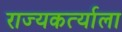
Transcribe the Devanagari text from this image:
राज्यकर्त्याला